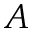
A